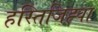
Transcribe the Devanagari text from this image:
हस्तिजिह्वा